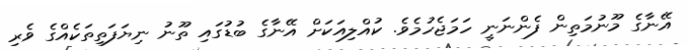
އޭނާގެ މޫނުމަތިން ފެންނަނީ ހަމަޖެހުމެވެ. ކުއްލިއަކަށް އޭނާގެ ބުޑުގައި ތޫނު ނިޔަފަތިތަކެއްގެ ވެރި